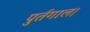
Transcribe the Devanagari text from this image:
पुर्तगाल।